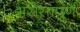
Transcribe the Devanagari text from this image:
भरोसापूर्ण